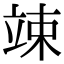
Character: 竦